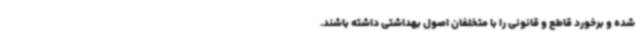
شده و برخورد قاطع و قانونی را با متخلفان اصول بهداشتی داشته باشند.